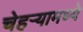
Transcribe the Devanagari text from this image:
चेहर्‍यामध्ये